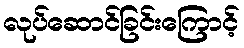
လုပ်ဆောင်ခြင်းကြောင့်